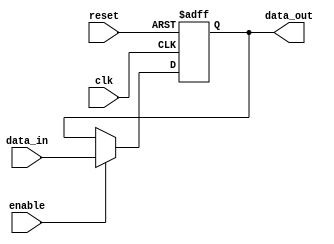
/*
* Description
*	Flip Flop 
* Author:
*	Ing. Luis Eduardo Almonte De Luna
* Date:
*	21/11/2021
*/
module Flip_Flop
#(

		parameter WORD_LENGTH = 32

)

(
	input clk,
	input reset,
	input enable,
	input [WORD_LENGTH-1 : 0] data_in,
	
	output [WORD_LENGTH-1 : 0] data_out
	
);

	reg [WORD_LENGTH-1 : 0] Q;

   always @(posedge clk or negedge reset) begin
      if (!reset)
         Q <= 0;
      else 
		if (enable)
         Q <= data_in;
   end
		assign data_out = Q;

endmodule